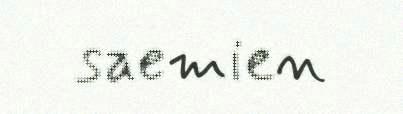
saemien